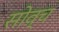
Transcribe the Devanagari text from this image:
सोव्च